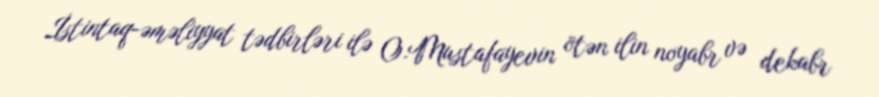
İstintaq-əməliyyat tədbirləri ilə O.Mustafayevin ötən ilin noyabr və dekabr